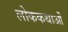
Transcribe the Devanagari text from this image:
लोककथाओँ